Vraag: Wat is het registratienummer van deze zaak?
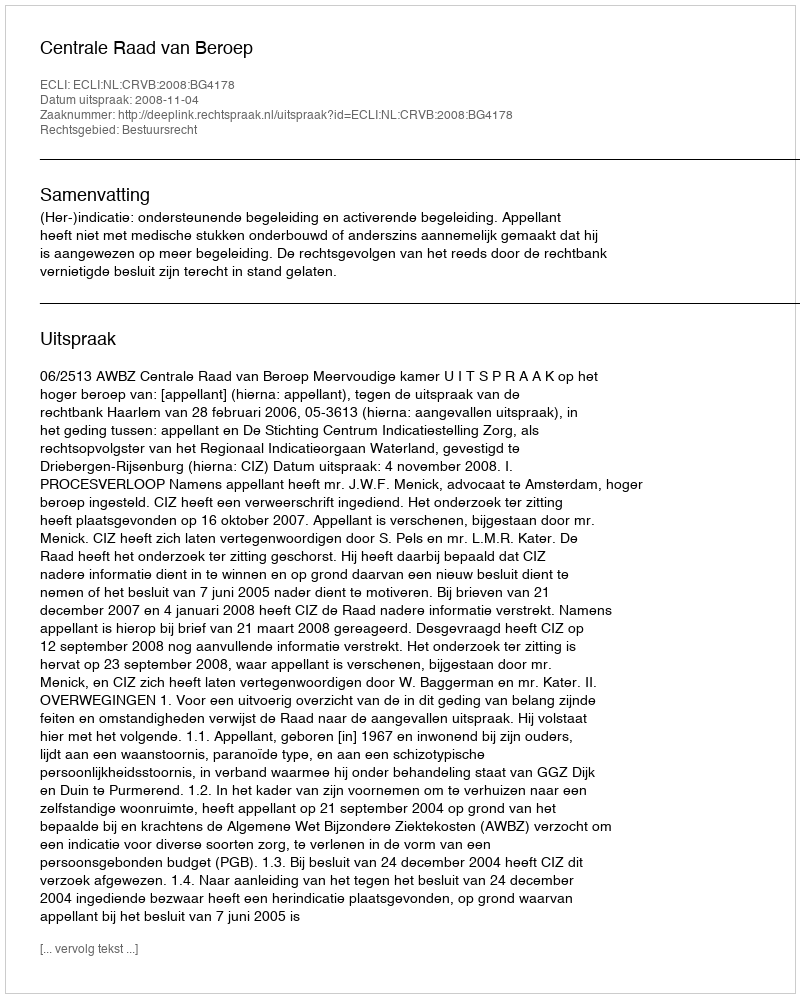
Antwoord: http://deeplink.rechtspraak.nl/uitspraak?id=ECLI:NL:CRVB:2008:BG4178